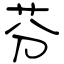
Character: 芬